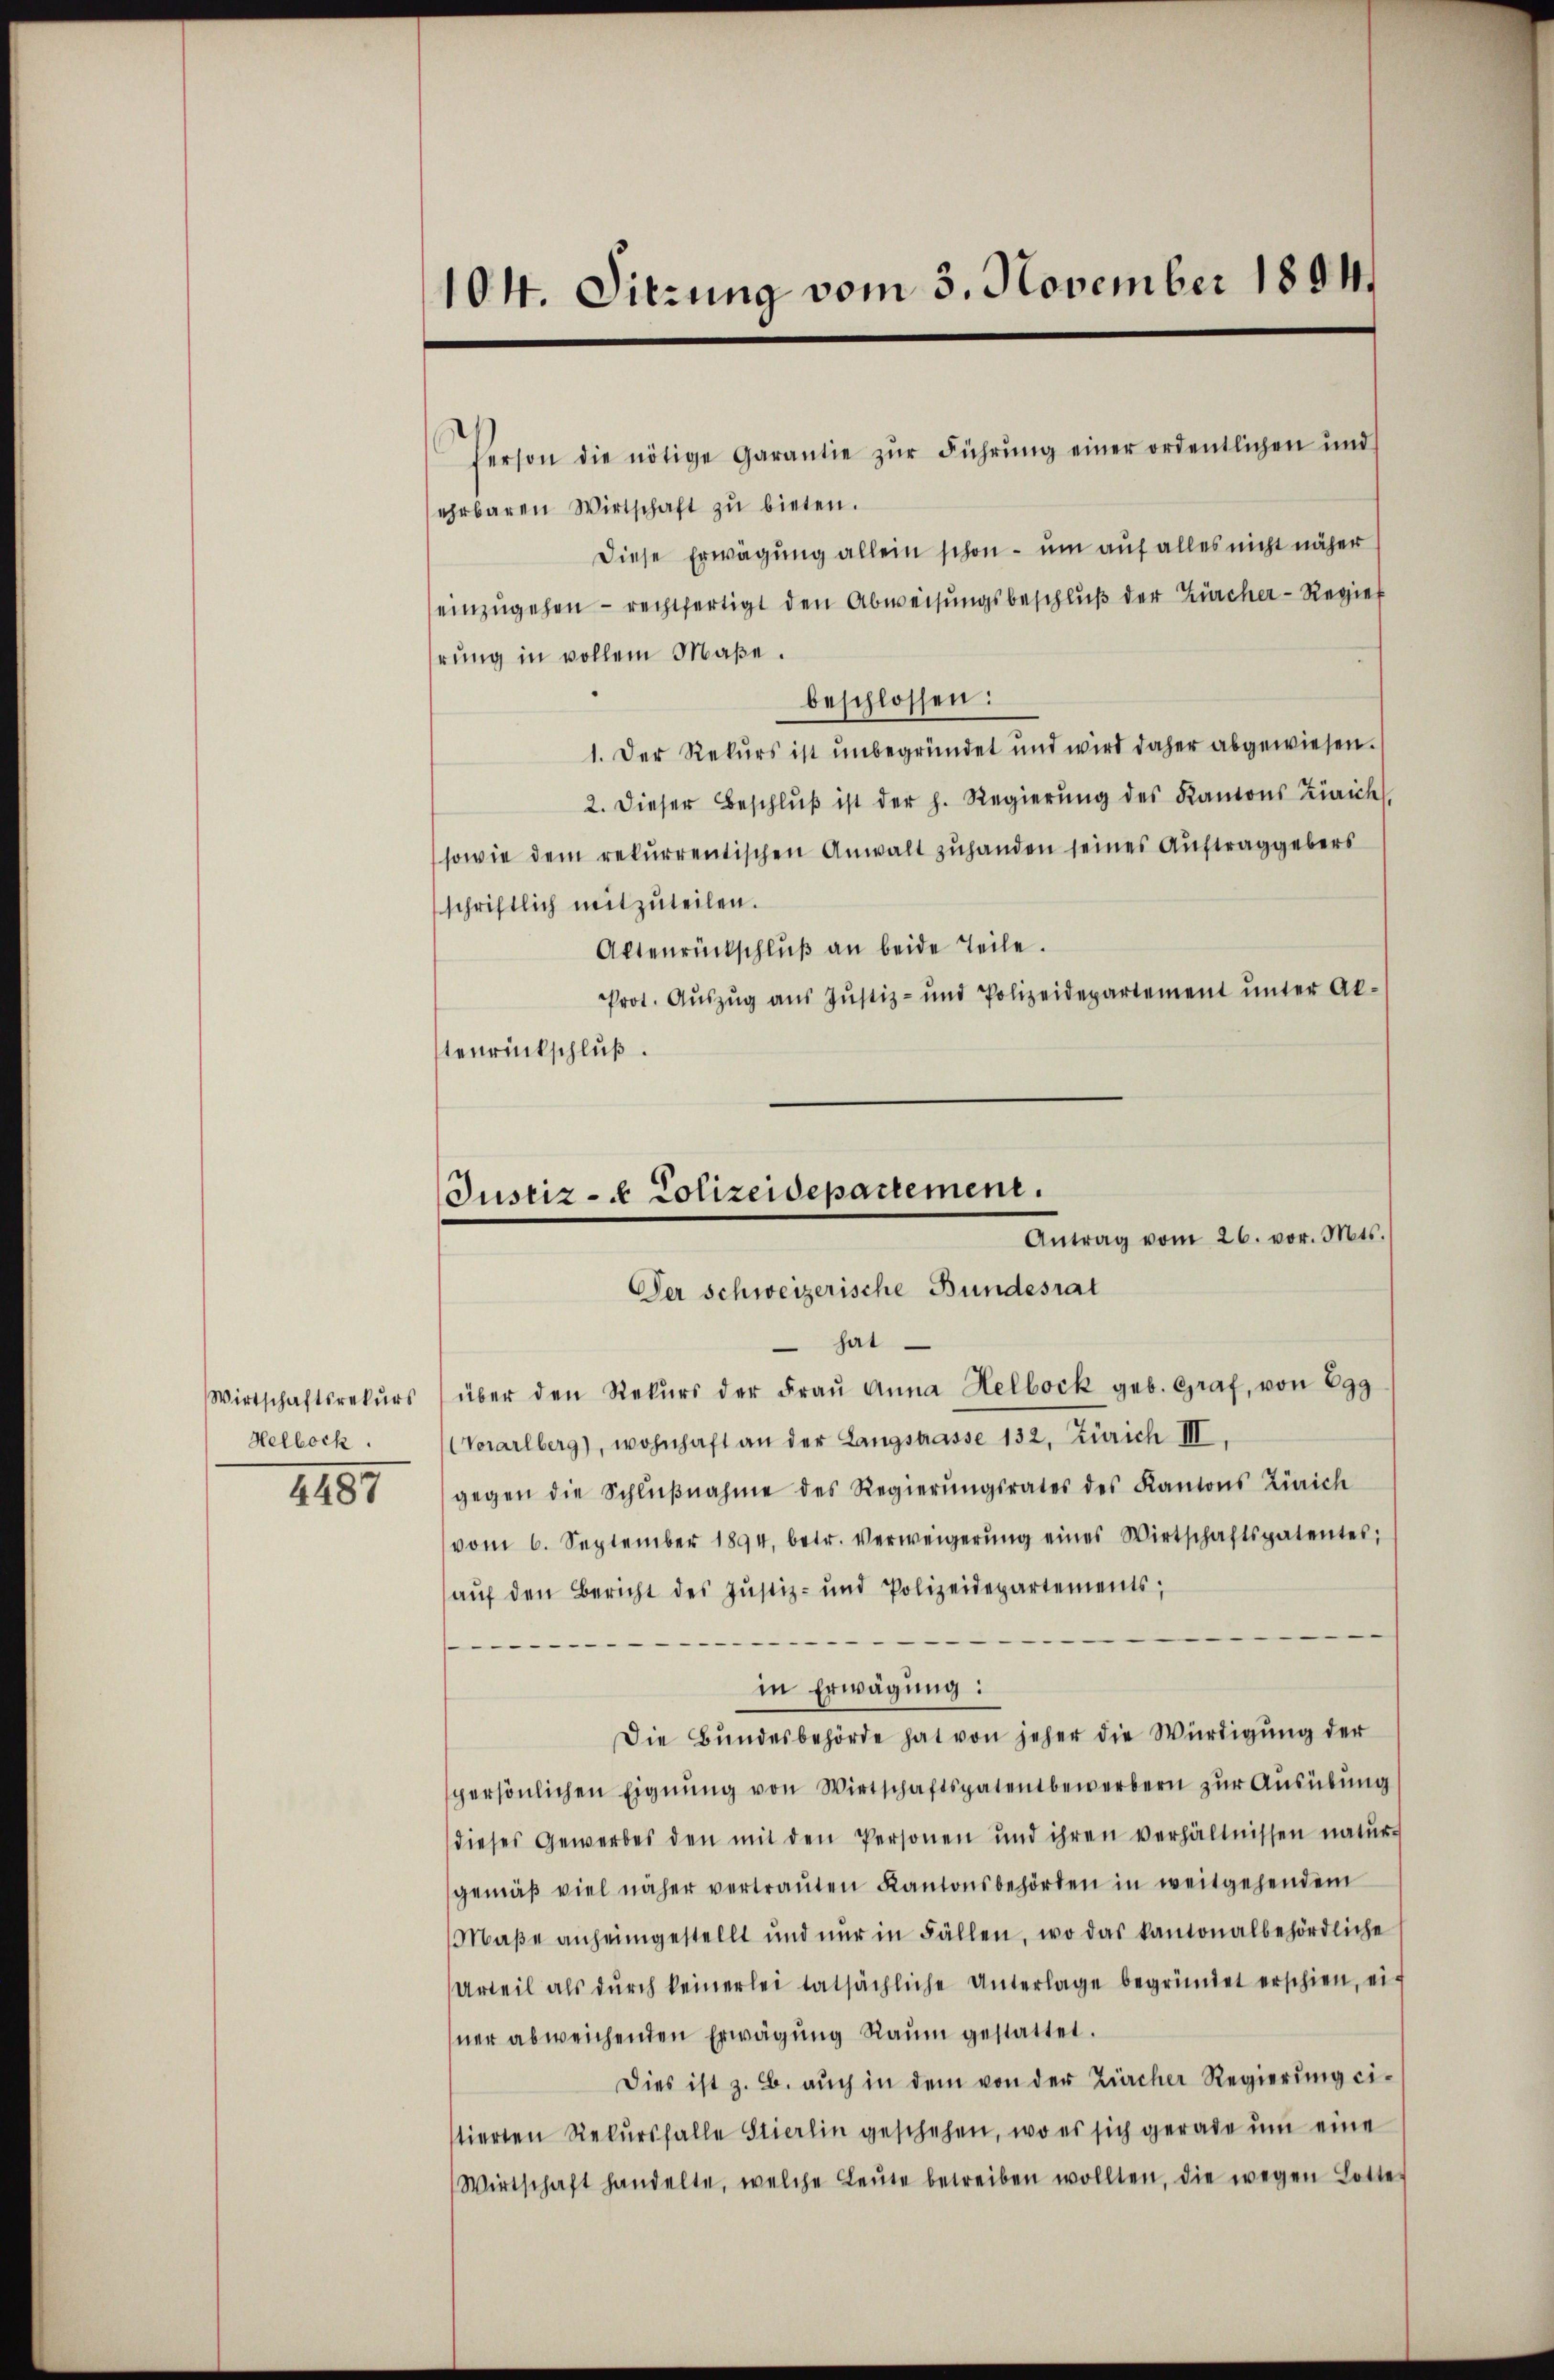
Wirtschaftsrekurs
Helbock.

4487

104. Sitzung vom 3. November 1891.

Person die nötige Garantie zŭr Führŭng einer ordentlichen und
ehrbaren Wirtschaft zu bieten.
Diese Erwägung allein schon - um auf alles nicht näher
einzugehen - rechtfertigt den Abweisungsbeschluß der Zürcher - Regier
hrung in vollem Maße.
beschlossen:
1. Der Rekurs ist unbegründet und wird daher abgewiesen.
2. dieser Beschlŭβ ist der h. Regierŭng des Kantons Zürich,
sowie dem rekurrentischen Anwalt zuhanden seines Auftraggebers
schriftlich mitzuteilen.
Aktenrückschlŭβ an beide Teile.
Prot. Aŭszŭg ans Justiz- und Polizeidepartement ŭnter Ab-
tenrückschluß.

Justiz- & Polizeidepartement.
Antrag vom 26. vor. Mts.
Der schweizerische Bundesrat

hat
über den Rekŭrs der Fraŭ Anna Helbock geb. Graf, von 299
Vorarlberg), wohnhaft an der Langstrasse 132, Zürich III.
gegen die Schlŭβnahme des Regierŭngsrates des Kantons Zürich
vom 6. September 1894, betr. Verweigerŭng eines Wirtschaftspatentes;
aŭf den Bericht des Justiz- und Polizeidepartements;
—
in Erwägung:
Die Bundesbehörde hat von jeher die Würdigung der
persönlichen Eignung von Wirtschaftspatentbewerbern zur Ausübung
dieses Gewerbes den mit den Personen und ihren verhältnissen natur-
gemäβ viel näher vertraŭten Kantonsbehörden in weitgehendem
Maβe anheimgestellt und nur in Fällen, wo das kantonalbehördliche
Urteil als dŭrch keinerlei tatsächliche Unterlage begründet erschien, einer abweichenden Erwägŭng Raŭm gestattet.
Dies ist z. B. auch in dem von der Zürcher Regierung eitierten Rekŭrsfalle Stierlin geschehen, wo es sich gerade um eine
Wirtschaft handelte, welche Leŭte betreiben wollten, die wegen Lotte